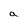
Character: a